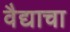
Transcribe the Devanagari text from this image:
वैद्याचा